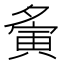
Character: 夤